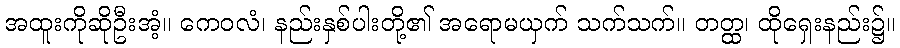
အထူးကိုဆိုဦးအံ့။ ကေဝလံ၊ နည်းနှစ်ပါးတို့၏ အရောမယှက် သက်သက်။ တတ္ထ၊ ထိုရှေးနည်း၌။